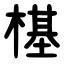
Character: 樭